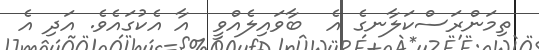
ތިމަންރަސްކަލާނގެ އެ  ބާވައިލެއްވީ  އާ އެކުގައެވެ. އަދި އެ